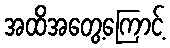
အထိအတွေ့ကြောင့်